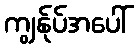
ကျွန်ုပ်အပေါ်